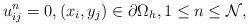
LaTeX: \begin{align*} u_{ij}^{n}=0,(x_i,y_j)\in\partial\Omega_{h},1\leq n\leq \mathcal{N}, \end{align*}